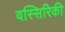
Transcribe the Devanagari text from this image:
वस्सिरिकी